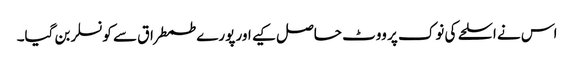
اس نے اسلحے کی نوک پر ووٹ حاصل کیے اور پورے طمطراق سے کونسلر بن گیا۔